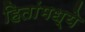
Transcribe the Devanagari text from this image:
हितांमध्ये